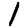
Digit: 1